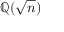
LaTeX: \mathbb { Q } ( { \sqrt { n } } )